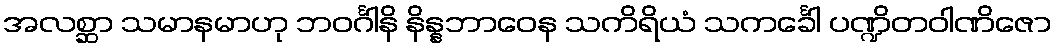
အလစ္ဆာ သမာနမာဟု ဘဝင်္ဂါနိ နိန္နဘာဝေန သကိရိယံ သကင်္ခေါ ပဏ္ဍိတဝါဏိဇော